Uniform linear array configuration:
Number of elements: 4
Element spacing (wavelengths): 0.75
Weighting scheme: cosine
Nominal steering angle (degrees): -60
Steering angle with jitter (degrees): -61.501
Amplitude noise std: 0.05
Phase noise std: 0.05

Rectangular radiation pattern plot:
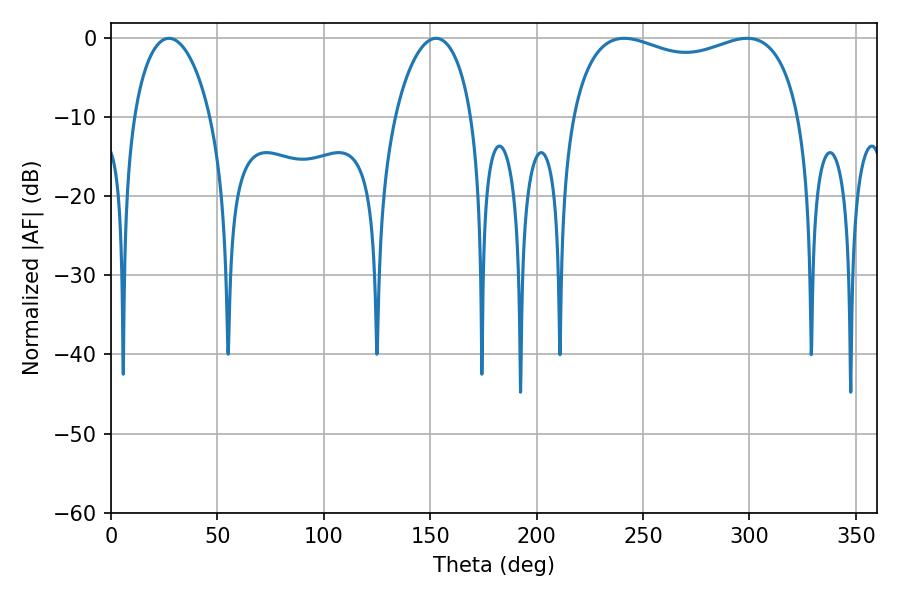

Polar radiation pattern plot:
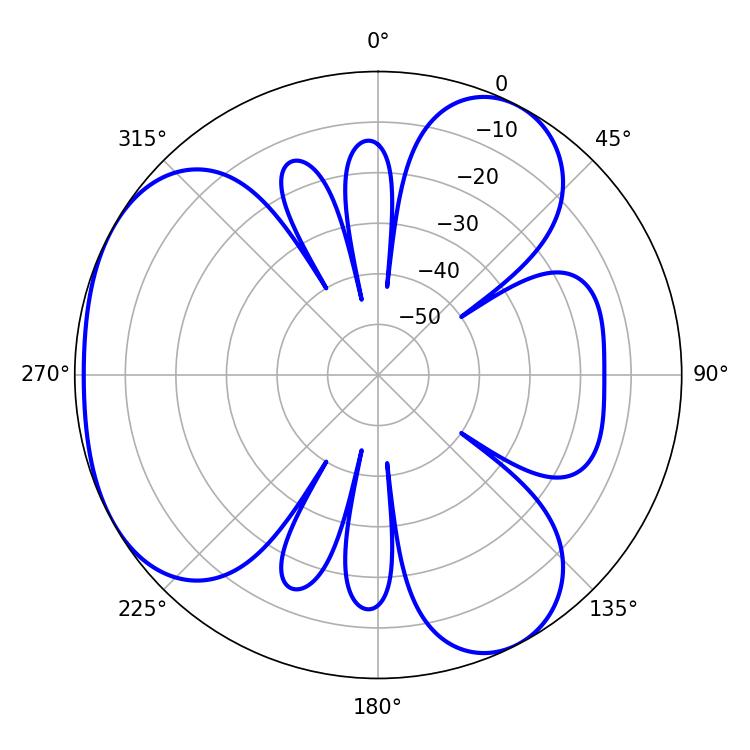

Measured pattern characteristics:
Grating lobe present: TRUE
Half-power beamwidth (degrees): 88.56
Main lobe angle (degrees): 241.2